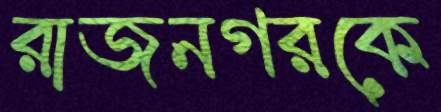
রাজনগরকে